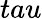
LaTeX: tau